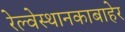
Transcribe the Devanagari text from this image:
रेल्वेस्थानकाबाहेर